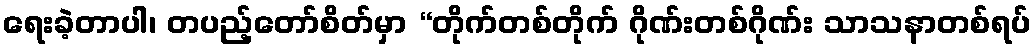
ရေးခဲ့တာပါ၊ တပည့်တော်စိတ်မှာ “တိုက်တစ်တိုက် ဂိုဏ်းတစ်ဂိုဏ်း သာသနာတစ်ရပ်